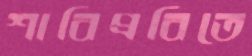
শাবিপ্রবিতে